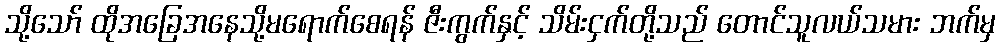
သို့သော် ထိုအခြေအနေသို့မရောက်စေရန် ဇီးကွက်နှင့် သိမ်းငှက်တို့သည် တောင်သူလယ်သမား ဘက်မှ